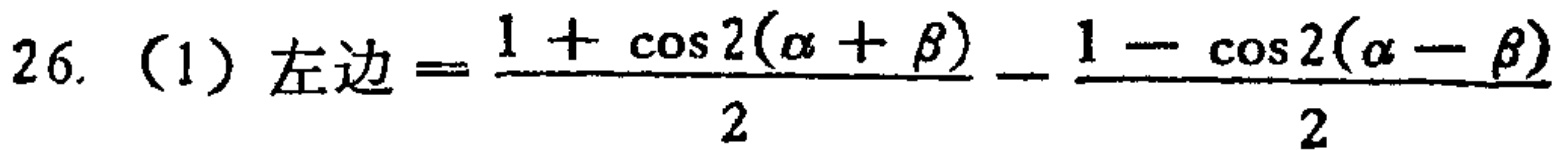
\[26.\ (1)\ 左边=\frac{1 + \cos 2(\alpha + \beta)}{2}-\frac{1 - \cos 2(\alpha - \beta)}{2}\]